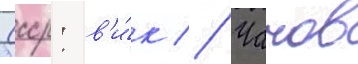
Ссср: в'и́к // Чанов